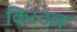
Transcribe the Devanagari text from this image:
किरठल